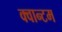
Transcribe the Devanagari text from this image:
क्‍वान्‍टम